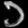
Digit: ၁